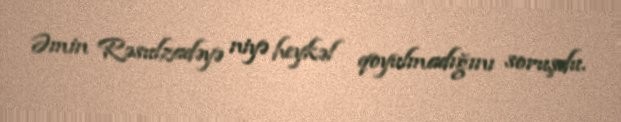
Əmin Rəsulzadəyə niyə heykəl qoyulmadığını soruşdu.